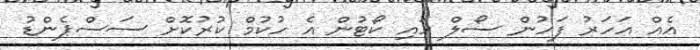
އެއް އަހަރު ފަހުން ސޯލް ހައި ކޯޓުން އެ ހުކުމް ކުރުކޮށް ސަސްޕެންޑު